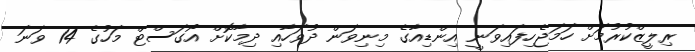
ރިލީޒްކުރުމަށް ހަމަޖެހިފައިވަނީ އިންޑިއާގެ މިނިވަން ދުވަހާއި ދިމާކޮށް އޯގަސްޓް މަހުގެ 14 ވަނަ